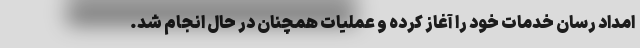
امداد رسان خدمات خود را آغاز کرده و عملیات همچنان در حال انجام شد.